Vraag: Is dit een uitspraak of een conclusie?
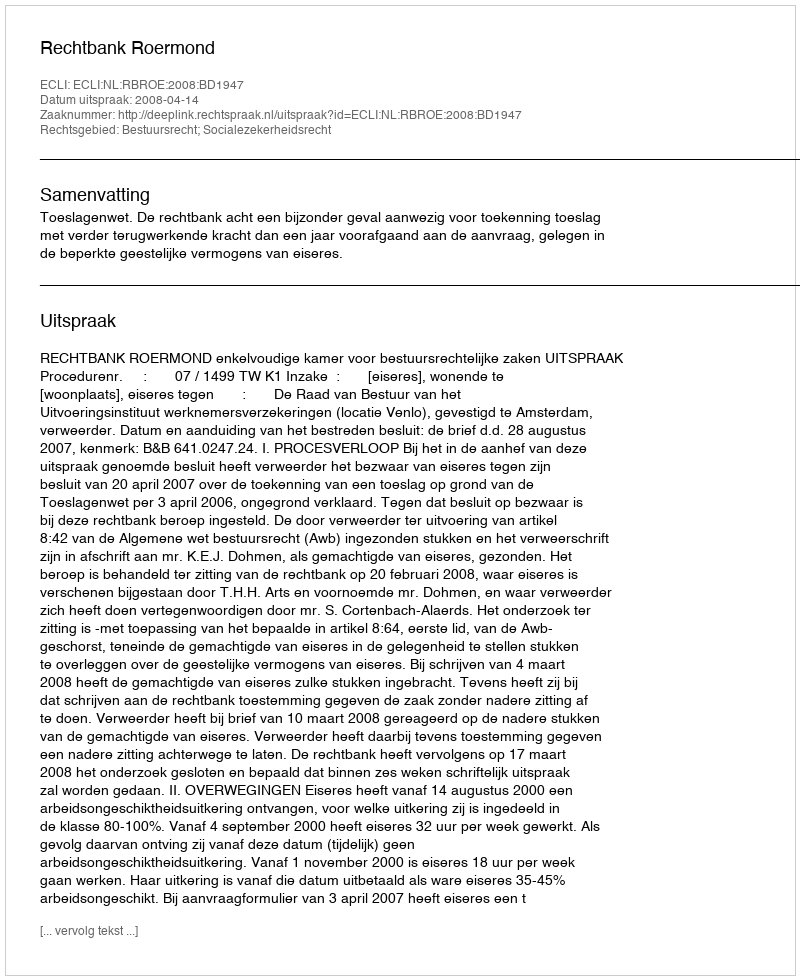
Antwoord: Uitspraak